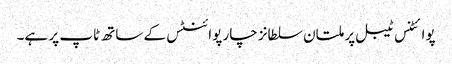
پوائٹنس ٹیبل پر ملتان سلطانز چار پوائنٹس کے ساتھ ٹاپ پر ہے۔